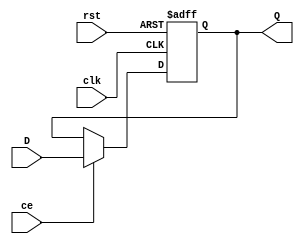
`ifndef __BUFFER__
`define __BUFFER__

module Buffer #(
	parameter Width = 8,
	parameter Init = 0
)(
	input clk,
	input rst,
	input ce,
	input [Width-1:0]D,
	output [Width-1:0]Q
);


	
	reg [Width-1 : 0] data = Init[Width-1 : 0];
	
	assign Q = data;
	
	always @(posedge rst or posedge clk)
	begin
		if (rst)
		begin
			data = Init[Width-1:0];
		end
		else if(ce)
		begin
			data = D;
		end
	end

endmodule

`endif